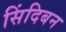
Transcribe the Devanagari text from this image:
सिंदिबन